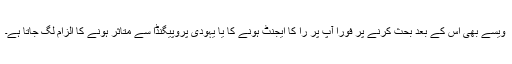
ویسے بھی اس کے بعد بحث کرنے پر فوراً آپ پر را کا ایجنٹ ہونے کا یا یہودی پروپیگنڈا سے متاثر ہونے کا الزام لگ جاتا ہے۔